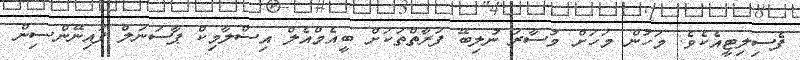
ފެސިލިޓީއެކެވެ. މަހުން މަހަށް މުސާރަ ނުލިބޭ ފަރާތްތަކަށް ބީއެމްއެލް އިސްލާމިކް ޕާސަނަލް ފައިނޭންސިން